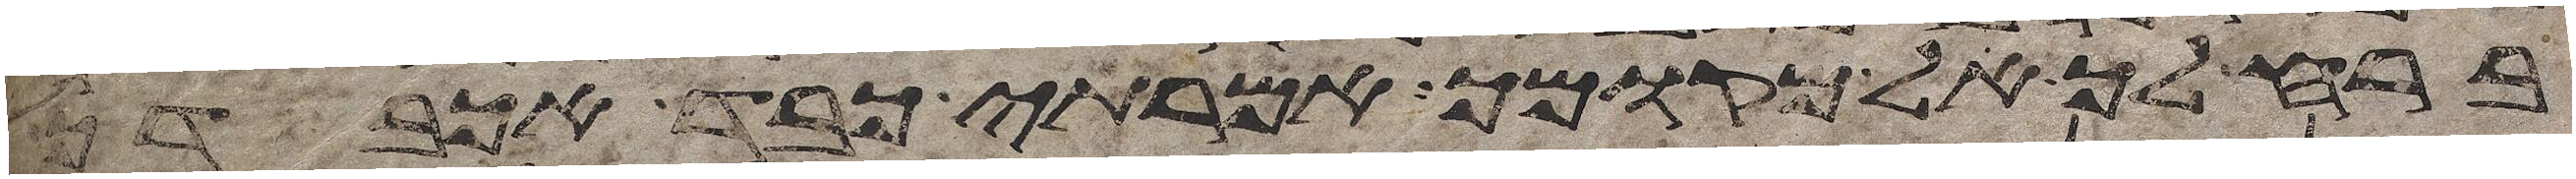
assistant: ברח לך אל מקומך אמרתי כבד אכבדך